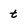
Character: t